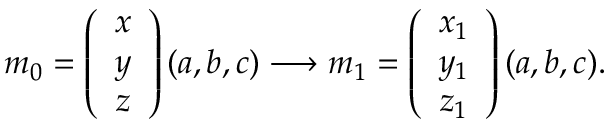
m _ { 0 } = \left( \begin{array} { c } { { x } } \\ { { y } } \\ { { z } } \end{array} \right) ( a , b , c ) \longrightarrow m _ { 1 } = \left( \begin{array} { c } { { x _ { 1 } } } \\ { { y _ { 1 } } } \\ { { z _ { 1 } } } \end{array} \right) ( a , b , c ) .